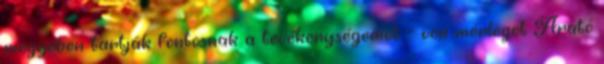
megyében tartják fontosnak a tevékenységemet – von mérleget Arató